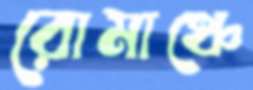
রোমাঞ্চে